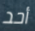
أحد